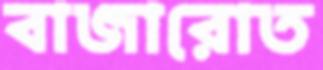
বাজারোত